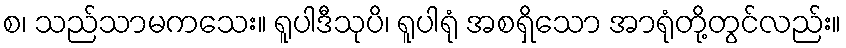
စ၊ သည်သာမကသေး။ ရူပါဒီသုပိ၊ ရူပါရုံ အစရှိသော အာရုံတို့တွင်လည်း။